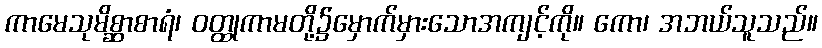
ကာမေသုမိစ္ဆာစာရံ၊ ဝတ္ထုကာမတို့၌မှောက်မှားသောအကျင့်ကို။ ကော၊ အဘယ်သူသည်။